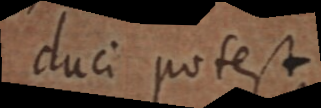
duci potest